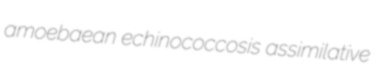
amoebaean echinococcosis assimilative